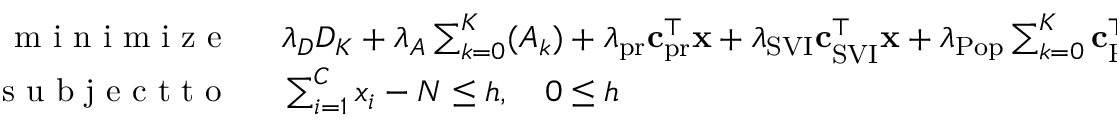
\begin{array} { r l } { \mathrm { ~ m ~ i ~ n ~ i ~ m ~ i ~ z ~ e ~ } \: \: } & { { } \lambda _ { D } D _ { K } + \lambda _ { A } \sum _ { k = 0 } ^ { K } ( A _ { k } ) + \lambda _ { \mathrm { p r } } \mathbf { c } _ { \mathrm { p r } } ^ { \top } \mathbf { x } + \lambda _ { \mathrm { S V I } } \mathbf { c } _ { \mathrm { S V I } } ^ { \top } \mathbf { x } + \lambda _ { \mathrm { P o p } } \sum _ { k = 0 } ^ { K } \mathbf { c } _ { \mathrm { P o p } } ^ { \top } \mathbf { \bar { d } } _ { k } + \lambda _ { \mathrm { i n f } } h } \\ { \mathrm { ~ s ~ u ~ b ~ j ~ e ~ c ~ t ~ t ~ o ~ } \: \: } & { { } \sum _ { i = 1 } ^ { C } x _ { i } - N \leq h , \quad 0 \le h } \end{array}